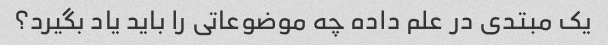
یک مبتدی در علم داده چه موضوعاتی را باید یاد بگیرد؟